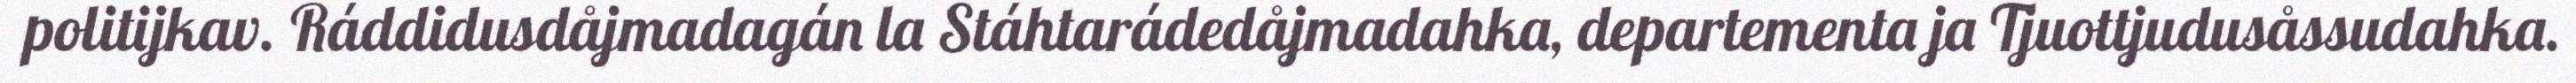
politijkav. Ráddidusdåjmadagán la Stáhtarádedåjmadahka, departementa ja Tjuottjudusåssudahka.